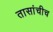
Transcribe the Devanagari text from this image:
तासांचीच